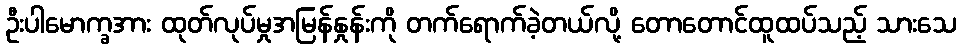
ဦးပါမောက္ခအား ထုတ်လုပ်မှုအမြန်နှုန်းကို တက်ရောက်ခဲ့တယ်လို့ တောတောင်ထူထပ်သည့် သားသေ